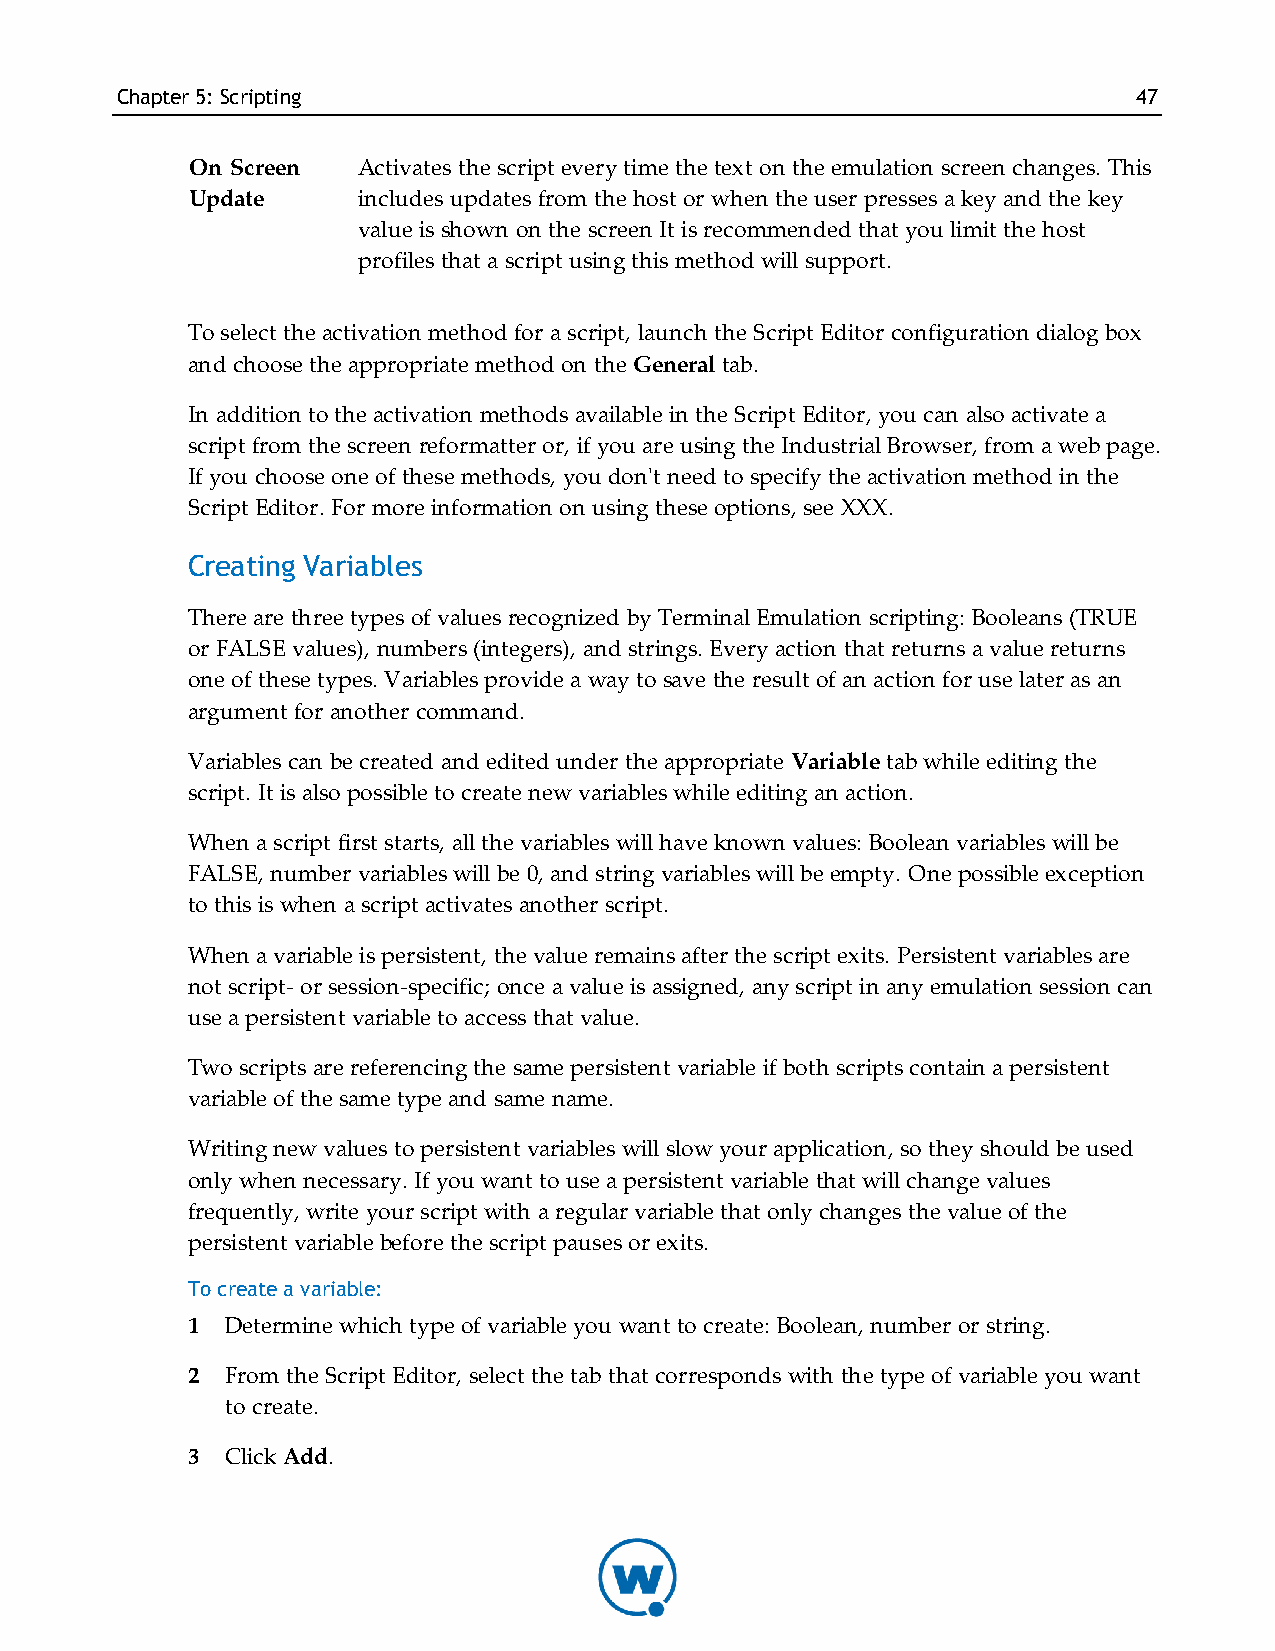
Chapter5: Scripting                                                47
 On Screen  Activates the script every time the text on the emulation screen changes. This
 Update     includes updates from the host or when the user presses a key and the key
 value is shown on the screen It is recommended that you limit the host
 profiles that a script using this method will support.
 To select the activation method for a script, launch the Script Editor configuration dialog box
 and choose the appropriate method on the General tab.
 In addition to the activation methods available in the Script Editor, you can also activate a
 script from the screen reformatter or, if you are using the Industrial Browser, from a web page.
 If you choose one of these methods, you don't need to specify the activation method in the
 Script Editor. For more information on using these options, see XXX.
 Creating Variables
 There are three types of values recognized by Terminal Emulation scripting: Booleans (TRUE
 or FALSE values), numbers (integers), and strings. Every action that returns a value returns
 one of these types. Variables provide a way to save the result of an action for use later as an
 argument for another command.
 Variables can be created and edited under the appropriate Variable tab while editing the
 script. It is also possible to create new variables while editing an action.
 When a script first starts, all the variables will have known values: Boolean variables will be
 FALSE, number variables will be 0, and string variables will be empty. One possible exception
 to this is when a script activates another script.
 When a variable is persistent, the value remains after the script exits. Persistent variables are
 not script- or session-specific; once a value is assigned, any script in any emulation session can
 use a persistent variable to access that value.
 Two scripts are referencing the same persistent variable if both scripts contain a persistent
 variable of the same type and same name.
 Writing new values to persistent variables will slow your application, so they should be used
 only when necessary. If you want to use a persistent variable that will change values
 frequently, write your script with a regular variable that only changes the value of the
 persistent variable before the script pauses or exits.
 To create a variable:
 1  Determine which type of variable you want to create: Boolean, number or string.
 2  From the Script Editor, select the tab that corresponds with the type of variable you want
 to create.
 3  Click Add.